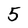
Character: 5